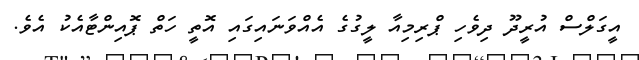
އީގަލްސް އުރީދޫ ދިވެހި ޕްރިމިއާ ލީގުގެ އެއްވަނައިގައި އޮތީ ހަތް ޕޮއިންޓާއެކު އެވެ.